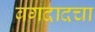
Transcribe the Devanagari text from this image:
बगदादचा